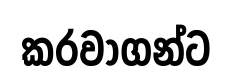
කරවාගන්ට